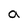
Character: a